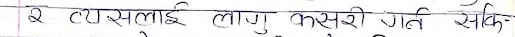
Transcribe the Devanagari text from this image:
२ टी०एम०लाई लागू कसरी गर्न सकि